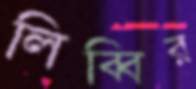
লিব্বির